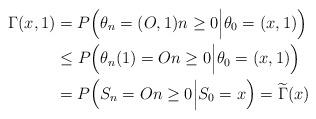
LaTeX: \begin{align*}\Gamma(x,1)&=P\Big(\theta_n=(O,1)n\geq 0\Big|\theta_0=(x,1)\Big) \\&\leq P\Big(\theta_n(1)=On\geq 0\Big|\theta_0=(x,1)\Big)\\&=P\Big(S_n=On\geq 0\Big|S_0=x\Big)=\widetilde{\Gamma}(x)\end{align*}